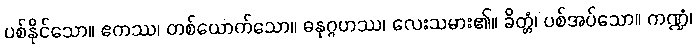
ပစ်နိုင်သော။ ဧကဿ၊ တစ်ယောက်သော။ ဓနုဂ္ဂဟဿ၊ လေးသမား၏။ ခိတ္တံ၊ ပစ်အပ်သော။ ကဏ္ဍံ၊